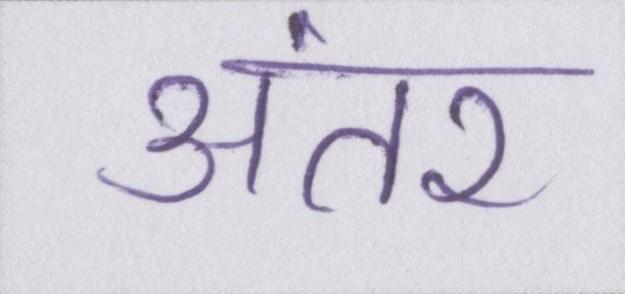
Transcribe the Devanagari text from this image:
अंतर